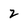
Character: 2